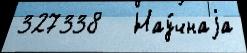
327338   Нау́чнаjа